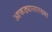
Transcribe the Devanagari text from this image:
आकड्यासारख्या